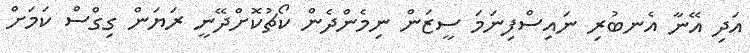
އަދި އޭނާ އެނބުރި ނައިސްފިނަމަ ސީޒަން ނިމެންދެން ކޯޗުކޮށްދޭނީ ރަޔަން ގިގްސް ކަމަށް